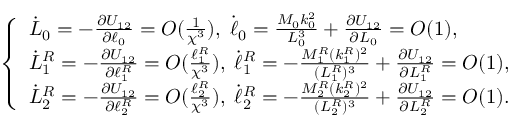
\left\{ \begin{array} { l l } { \dot { L } _ { 0 } = - \frac { \partial U _ { 1 2 } } { \partial \ell _ { 0 } } = O ( \frac { 1 } { \chi ^ { 3 } } ) , \; \dot { \ell } _ { 0 } = \frac { M _ { 0 } k _ { 0 } ^ { 2 } } { L _ { 0 } ^ { 3 } } + \frac { \partial U _ { 1 2 } } { \partial L _ { 0 } } = O ( 1 ) , } \\ { \dot { L } _ { 1 } ^ { R } = - \frac { \partial U _ { 1 2 } } { \partial \ell _ { 1 } ^ { R } } = O ( \frac { \ell _ { 1 } ^ { R } } { \chi ^ { 3 } } ) , \; \dot { \ell } _ { 1 } ^ { R } = - \frac { M _ { 1 } ^ { R } ( k _ { 1 } ^ { R } ) ^ { 2 } } { ( L _ { 1 } ^ { R } ) ^ { 3 } } + \frac { \partial U _ { 1 2 } } { \partial L _ { 1 } ^ { R } } = O ( 1 ) , } \\ { \dot { L } _ { 2 } ^ { R } = - \frac { \partial U _ { 1 2 } } { \partial \ell _ { 2 } ^ { R } } = O ( \frac { \ell _ { 2 } ^ { R } } { \chi ^ { 3 } } ) , \; \dot { \ell } _ { 2 } ^ { R } = - \frac { M _ { 2 } ^ { R } ( k _ { 2 } ^ { R } ) ^ { 2 } } { ( L _ { 2 } ^ { R } ) ^ { 3 } } + \frac { \partial U _ { 1 2 } } { \partial L _ { 2 } ^ { R } } = O ( 1 ) . } \end{array} \right.